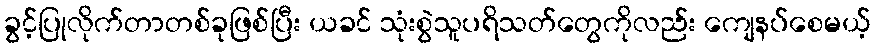
ခွင့်ပြုလိုက်တာတစ်ခုဖြစ်ပြီး ယခင် သုံးစွဲသူပရိသတ်တွေကိုလည်း ကျေနပ်စေမယ့်